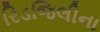
રિડજિલીના